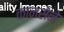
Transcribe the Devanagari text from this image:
कानसेने